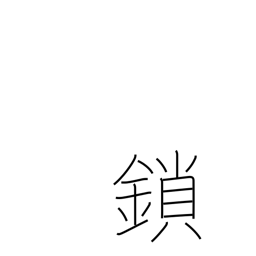
Meaning: irons